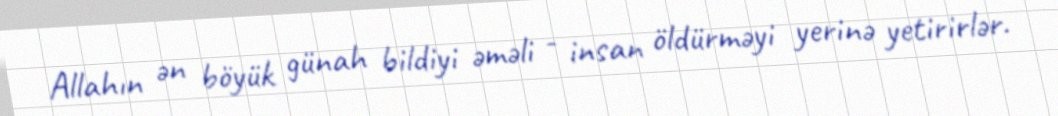
Allahın ən böyük günah bildiyi əməli - insan öldürməyi yerinə yetirirlər.